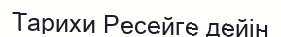
Тарихи Ресейге дейін